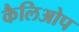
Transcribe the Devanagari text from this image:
कैलिओप